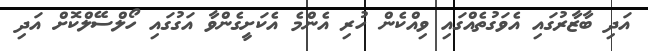
އަދި ބާޒާރުގައި އެވަގުތެއްގައި ވިއްކެން ހުރި އެންމެ އެކަށީގެންވާ އަގުގައި ހޯލްސޭލްކޮށް އަދި